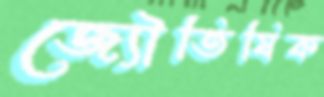
জ্যৌতিষিক